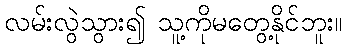
လမ်းလွဲသွား၍ သူ့ကိုမတွေ့နိုင်ဘူး။